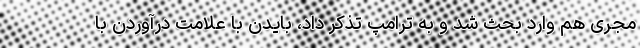
مجری هم وارد بحث شد و به ترامپ تذکر داد، بایدن با علامت درآوردن با